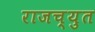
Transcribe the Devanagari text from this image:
राजच्युत